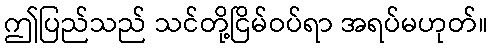
ဤပြည်သည် သင်တို့ငြိမ်ဝပ်ရာ အရပ်မဟုတ်။